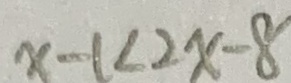
x - 1 < 2 x - 8